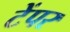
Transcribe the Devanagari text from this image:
टेंपर